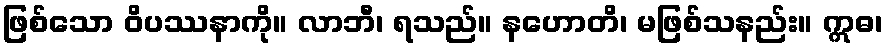
ဖြစ်သော ဝိပဿနာကို။ လာဘီ၊ ရသည်။ နဟောတိ၊ မဖြစ်သနည်း။ ဣဓ၊